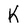
Character: K